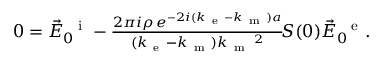
\begin{array} { r } { 0 = \vec { E } _ { 0 } ^ { \mathrm { ~ \, ~ i ~ } } - \frac { 2 \pi i \rho \, e ^ { - 2 i ( k _ { \mathrm { ~ e ~ } } - k _ { \mathrm { ~ m ~ } } ) a } } { ( k _ { \mathrm { ~ e ~ } } - k _ { \mathrm { ~ m ~ } } ) k _ { \mathrm { ~ m ~ } } \, \! \! \, \! \, \, \! \, \, \! \! \, \! \, \, \! \! \, \! \! \, \! \, \, \! \! \, \! \! \, \! \, \, \! \, \, \! \! \, \! \, \, \! \! \, \! \! \, \! \, \, \! \, \, \! \! \, \! \, \, \! \, \, \! \! \, \! \, \, \! \! \, \! \! \, \! \, \, \! \, \, \! \! \, \! \, \, \! \, \, \! \! ^ { 2 } } \, \! \! \, \! \, \, \! \, \, \! \! \, \! \, \, \! \! \, \! \! \, \! \, \, \! \! \, \! \! \, \! \, \, \! \, \, \! \! \, \! \, \, \! \! \, \! \! \, \! \, \, \! \, \, \! \! \, \! \, \, \! \! S ( 0 ) \vec { E } _ { 0 } ^ { \mathrm { ~ \, ~ e ~ } } . } \end{array}